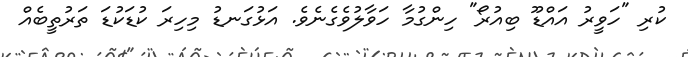
ކުރި "ހަވީރު އައްޑޫ ބިއުރޯ" ހިންގުމާ ހަވާލުވެގެނެވެ. އަޅުގަނޑު މިހިރަ ކުޑަކުޑަ ތަރުތީބެއް